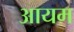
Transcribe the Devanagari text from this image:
आयम